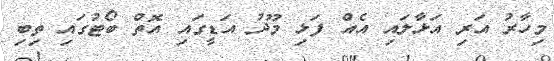
މިހާރު އަރި އަޅާލައި އެއް ފަޅި މޫދު އަޑީގައި އޮތް ބޯޓުގައި ތިބި